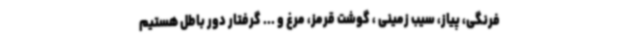
فرنگی، پیاز، سیب زمینی ، گوشت قرمز، مرغ و ... گرفتار دور باطل هستیم